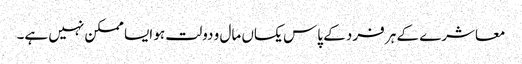
معاشرے کے ہر فرد کے پاس یکساں مال و دولت ہو ایسا ممکن نہیں ہے۔